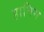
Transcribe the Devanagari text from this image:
हानिम